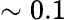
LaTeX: \sim 0.1